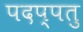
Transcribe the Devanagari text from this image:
पदप्पतु